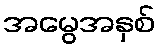
အမွေအနှစ်